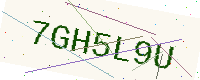
Text: 7GH5L9U